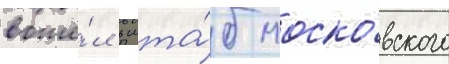
вошё́л в шта́б моско́вского